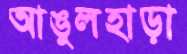
আঙুলহাড়া